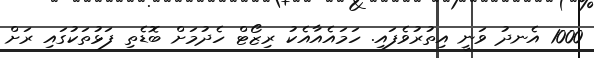
1000 އެނދު ވަނީ އިތުރުވެފައި. ހަމައެއާއެކު ރިޒޯޓް ހެދުމަށް ބޮޑެތި ފަޅުތަކުގައި ރަށް